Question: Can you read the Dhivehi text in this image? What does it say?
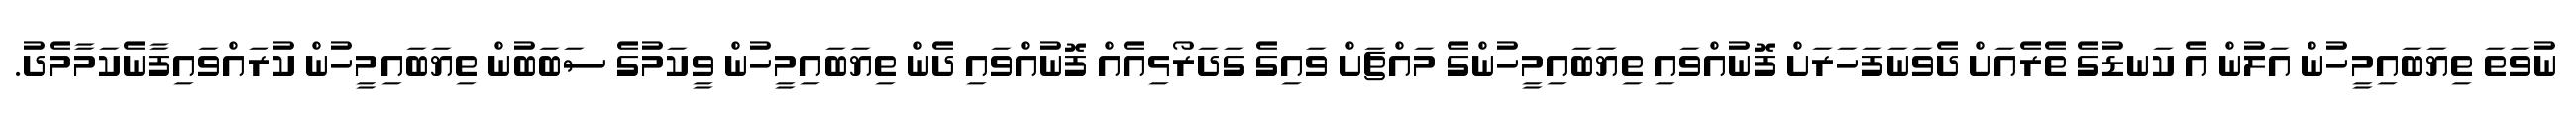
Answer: ނުވަތަ ތިޔަބައިމީހުން އަލުން އެ ކަނޑުގެ ތެރެއަށް ދެވަނަފަހަރަށް ފޮނުއްވައި ތިޔަބައިމީހުންގެ މައްޗަށް ވައިގެ ގަދަރޯޅިއެއް ފޮނުއްވައި ދެން ތިޔަބައިމީހުން ވީކަމުގެ ސަބަބުން ތިޔަބައިމީހުން ކުރައްވައިފާނެކަމާމެދު.